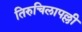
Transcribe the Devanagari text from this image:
तिरुचिलापल्ली